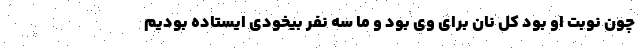
چون نوبت او بود کل نان برای وی بود و ما سه نفر بیخودی ایستاده بودیم